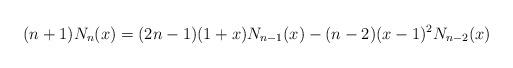
LaTeX: \begin{align*}(n+1)N_n(x)=(2n-1)(1+x)N_{n-1}(x)-(n-2)(x-1)^2N_{n-2}(x)\end{align*}